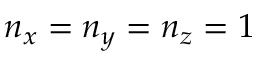
n _ { x } = n _ { y } = n _ { z } = 1